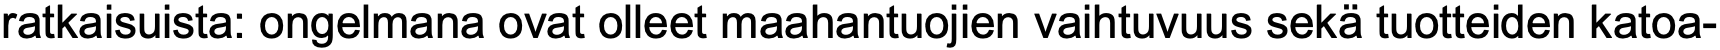
ratkaisuista: ongelmana ovat olleet maahantuojien vaihtuvuus sekä tuotteiden katoa-